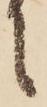
に